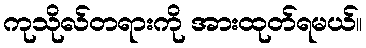
ကုသိုလ်တရားကို အားထုတ်ရမယ်။